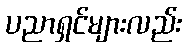
ပညာရှင်များလည်း